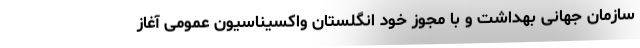
سازمان جهانی بهداشت و با مجوز خود انگلستان واکسیناسیون عمومی آغاز